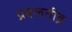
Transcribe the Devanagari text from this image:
प्रबलतीव्र